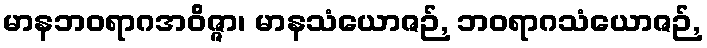
မာနဘဝရာဂအဝိဇ္ဇာ၊ မာနသံယောဇဉ်, ဘဝရာဂသံယောဇဉ်,